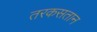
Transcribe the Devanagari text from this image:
तरकसतान